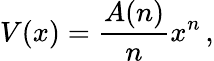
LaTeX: V(x)=\frac{A(n)}{n}x^{n}\, ,